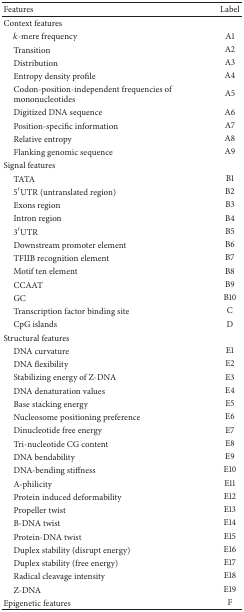
| Features | Label |
 | --- | --- |
 | Context features |  |
 | k-mere frequency | A1 |
 | Transition | A2 |
 | Distribution | A3 |
 | Entropy density profile | A4 |
 | Codon-position-independent frequencies ofmononucleotides | A5 |
 | Digitized DNA sequence | A6 |
 | Position-specific information | A7 |
 | Relative entropy | A8 |
 | Flanking genomic sequence | A9 |
 | Signal features |  |
 | TATA | B1 |
 | 5′UTR (untranslated region) | B2 |
 | Exons region | B3 |
 | Intron region | B4 |
 | 3′UTR | B5 |
 | Downstream promoter element | B6 |
 | TFIIB recognition element | B7 |
 | Motif ten element | B8 |
 | CCAAT | B9 |
 | GC | B10 |
 | Transcription factor binding site | C |
 | CpG islands | D |
 | Structural features |  |
 | DNA curvature | E1 |
 | DNA flexibility | E2 |
 | Stabilizing energy of Z-DNA | E3 |
 | DNA denaturation values | E4 |
 | Base stacking energy | E5 |
 | Nucleosome positioning preference | E6 |
 | Dinucleotide free energy | E7 |
 | Tri-nucleotide CG content | E8 |
 | DNA bendability | E9 |
 | DNA-bending stiffness | E10 |
 | A-philicity | E11 |
 | Protein induced deformability | E12 |
 | Propeller twist | E13 |
 | B-DNA twist | E14 |
 | Protein-DNA twist | E15 |
 | Duplex stability (disrupt energy) | E16 |
 | Duplex stability (free energy) | E17 |
 | Radical cleavage intensity | E18 |
 | Z-DNA | E19 |
 | Epigenetic features | F |